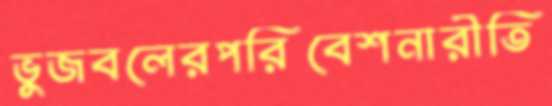
ভুজবলেরপরিবেশনারীতি